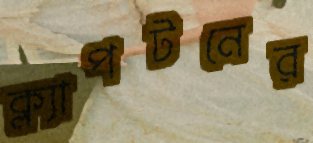
ক্ল্যাপটনের